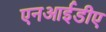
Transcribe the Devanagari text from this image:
एनआईडीए